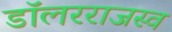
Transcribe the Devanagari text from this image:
डॉलरराजस्व